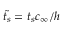
\tilde { t _ { s } } = t _ { s } c _ { \infty } / h